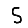
Digit: 5